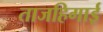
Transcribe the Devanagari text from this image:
ताजहिगाई